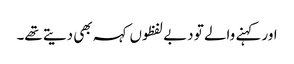
اور کہنے والے تو دبے لفظوں کہہ بھی دیتے تھے۔